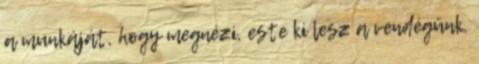
a munkáját, hogy megnézi, este ki lesz a vendégünk,